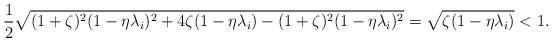
LaTeX: \begin{align*}&\frac{1}{2}\sqrt{(1+\zeta)^2(1-\eta\lambda_i)^2 + 4\zeta(1-\eta\lambda_i) - (1+\zeta)^2(1-\eta\lambda_i)^2}= \sqrt{\zeta(1-\eta\lambda_i)} < 1.\end{align*}